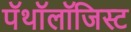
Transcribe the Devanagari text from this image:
पॅथॉलॉजिस्ट